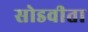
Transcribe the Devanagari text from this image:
सोडवीता